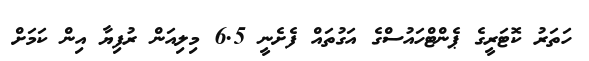
ހަތަރު ކޮޓަރީގެ ޕެންޓްހައުސްގެ އަގުތައް ފެށެނީ 6.5 މިލިއަން ރުފިޔާ އިން ކަމަށް